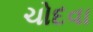
ચોદવા